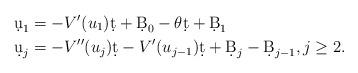
LaTeX: \begin{align*}\d u_1 &= - V' (u_1 ) \d t + \d B_0 - \theta \d t + \d B_1 \\\d u_j &= - V'' (u_j ) \d t - V' (u_{j-1} ) \d t + \d B_j - \d B_{j-1} , j \geq 2 .\end{align*}